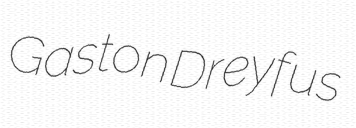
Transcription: Gaston Dreyfus